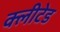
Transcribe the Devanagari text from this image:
क्लीटेड